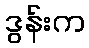
ဒွန်းက